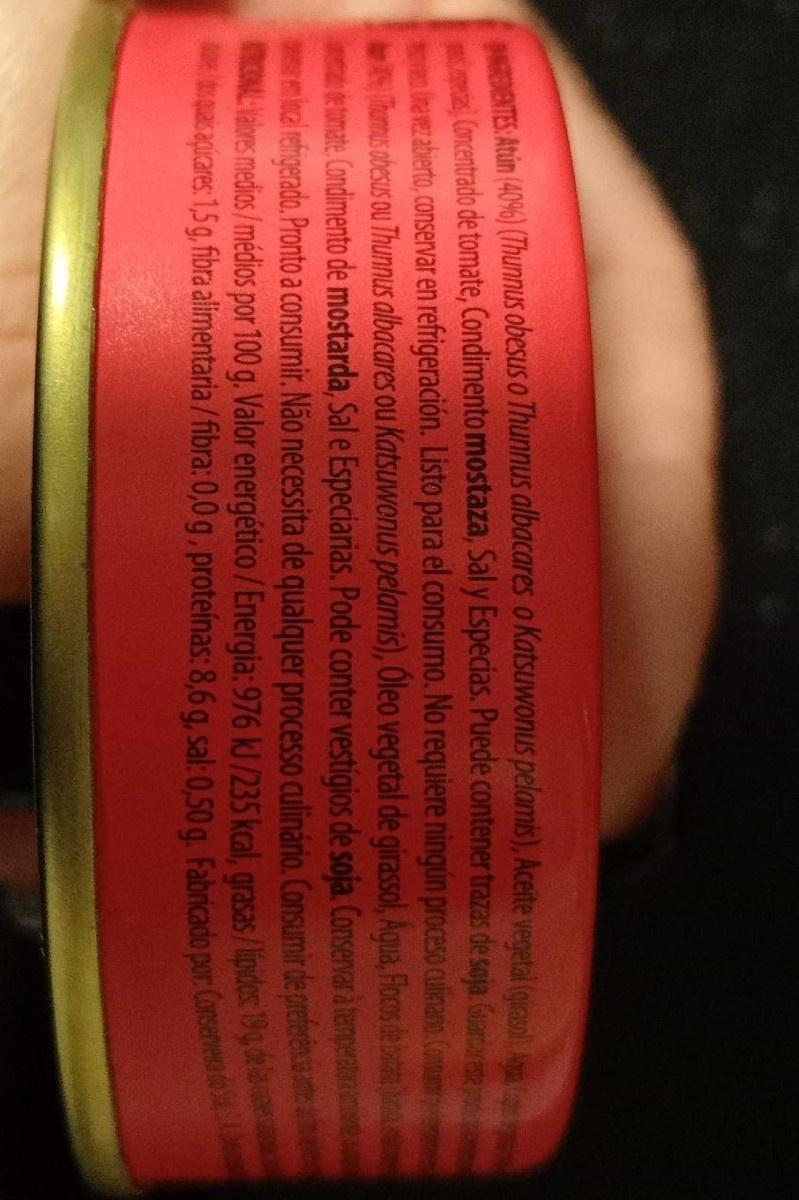
ATES Atún (40%) (7hunnus obesus o ThunnusS albacares o Katsuwonus pelamis), Aceite vegetal (giras A a Concentrado de tomate, Condimento mostaza, Sal y Especias. Puede contener trazas de soja. Gardr aberto, conservar en refrigeración. Listo para el consumo. No requiere ningún proceso culinano Comou Tarmus obesus ou Thunnus albacares ou Katsuwonus pelamis), Oleo vegetal de girassol, Aqua Rocos de bat ime tmate Condimento de mostarda, Sal e Especiarias. Pode conter vestigios de soja. Consevar à temperatn ka lehigerado. Pronto a consumir. Não necessita de qualquer processo culinário. Consumir de preferenc ONL Habres medios/médios por 100 g. Valor energético /Energia: 976 kJ/235 kcal, grasas /lipides: 19g.de spacapicares: 1,5 g, fibra alimentaria /fibra: 0,0g,proteinas: 8,6 g, sal:0,50 g. Fabricado por: Consenvera do